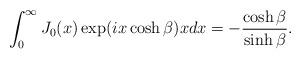
LaTeX: \begin{align*}\int_0^{\infty}J_{0}(x)\exp(ix\cosh\beta)xdx=-\frac{\cosh\beta}{\sinh\beta}.\end{align*}